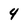
Character: 4